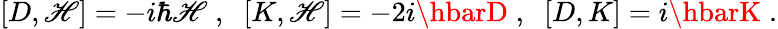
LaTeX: [D,\mathscr{H}]=-i\hbar\mathscr{H}\; ,\; \; [K,\mathscr{H}]=-2i\hbarD\; ,\; \; [D,K]=i\hbarK\; .